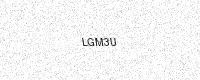
Text: LGM3U